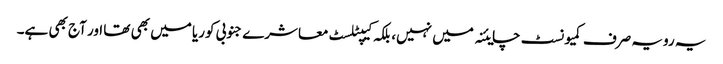
یہ رویہ صرف کمیونسٹ چایئنہ میں نہیں، بلکہ کیپٹلسٹ معاشرے جنوبی کوریا میں بھی تھا اور آج بھی ہے۔